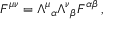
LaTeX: F ^ { \mu \nu } = { \Lambda ^ { \mu } } _ { \alpha } { \Lambda ^ { \nu } } _ { \beta } F ^ { \alpha \beta } \, ,